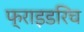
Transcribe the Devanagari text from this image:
फ्राइडरिच